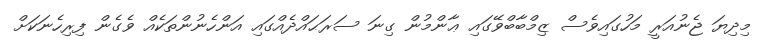
މިދިޔަ ޖެނުއަރީ މަހުގައިވެސް ޒިމްބާބްވޭގައި ޢާންމުން ގިނަ ސަރަޙައްދެއްގައި އަންހެނުންތަކެއް ވެގެން ފިރިހެނަކަށް